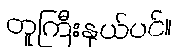
တူကြီးနှယ်ပင်။